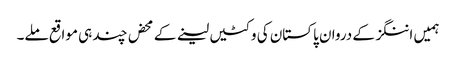
ہمیں اننگز کے دروان پاکستان کی وکٹیں لینے کے محض چند ہی مواقع ملے۔